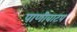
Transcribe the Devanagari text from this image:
पाणीवाटप